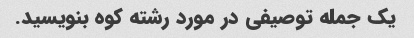
یک جمله توصیفی در مورد رشته کوه بنویسید.